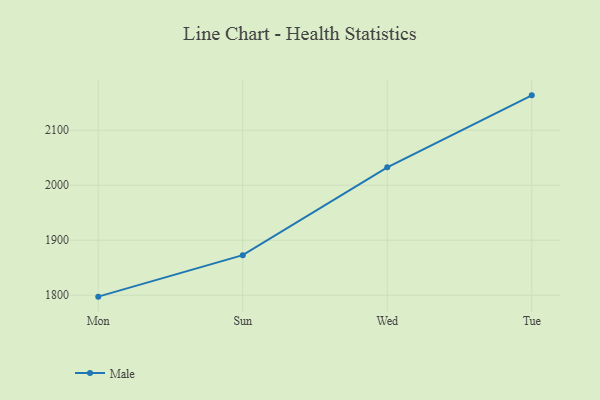
{"axis": {"x": "Day", "y": "Energy Usage (MWh)"}, "legend": ["Male"], "data": [{"x": "Mon", "y": 1797.4, "type": "Male"}, {"x": "Sun", "y": 1872.8, "type": "Male"}, {"x": "Wed", "y": 2032.5, "type": "Male"}, {"x": "Tue", "y": 2163.4, "type": "Male"}]}